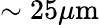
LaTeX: \sim 25\mu\mathrm{m}